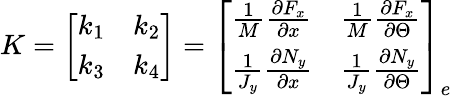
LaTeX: K=\left[\begin{array}{ll}{k_{1}}&{k_{2}}\\ {k_{3}}&{k_{4}}\end{array}\right]=\left[\begin{array}{ll}{\frac{1}{M}\frac{\partial F_{x}}{\partial x}}&{\frac{1}{M}\frac{\partial F_{x}}{\partial\Theta}}\\ {\frac{1}{J_{y}}\frac{\partial N_{y}}{\partial x}}&{\frac{1}{J_{y}}\frac{\partial N_{y}}{\partial\Theta}}\end{array}\right]_{e}